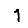
Digit: 1